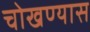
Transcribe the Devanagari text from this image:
चोखण्यास